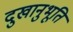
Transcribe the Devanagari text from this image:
दुखानुभूति